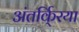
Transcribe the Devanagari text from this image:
अंतर्कि्रया